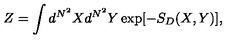
Z = \int d ^ { N ^ { 2 } } X d ^ { N ^ { 2 } } Y \exp [ - S _ { D } ( X , Y ) ] ,